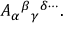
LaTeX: A _ { \alpha } { } ^ { \beta } { } _ { \gamma } { } ^ { \delta \cdots } .